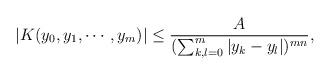
LaTeX: \begin{align*} |K(y_{0}, y_{1}, \cdots, y_{m})| \leq \frac{A}{(\sum_{k,l=0}^{m} |y_{k}-y_{l}|)^{mn}}, \end{align*}